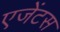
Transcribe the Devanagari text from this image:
एजेंटस